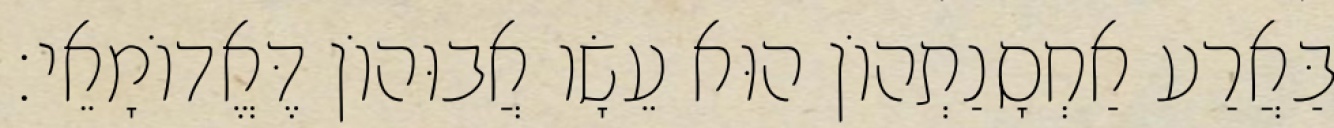
בַּאֲרַע אַחְסָנַתְהוֹן הוּא עֵשָׂו אֲבוּהוֹן דֶּאֱדוֹמָאֵי׃